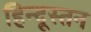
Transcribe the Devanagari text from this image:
हिन्दूस्तन